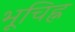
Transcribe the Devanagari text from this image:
भूचिह्न